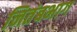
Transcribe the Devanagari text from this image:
नितंबभाग